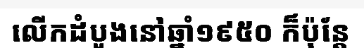
លើកដំបូងនៅឆ្នាំ១៩៥០ ក៏ប៉ុន្តែ